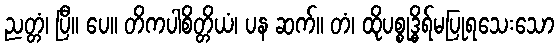
ညတ္တံ၊ ပြီ။ ပေ။ တိကပါစိတ္တိယံ၊ ပန ဆက်။ တံ၊ ထိုပစ္စုဒ္ဓိရ်မပြုရသေးသော